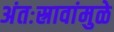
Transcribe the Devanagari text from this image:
अंतःस्रावांमुळे